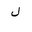
Letter: _lam